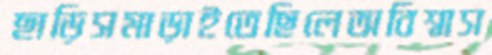
ছাড়িসমাড়াইতেছিলেঅবিশ্বাস